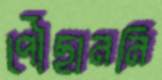
পৌঁছাননি